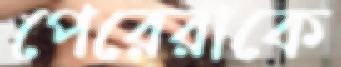
পেরেরাকে